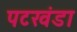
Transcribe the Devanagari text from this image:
पटखंडा